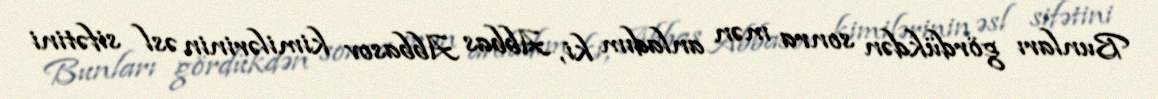
Bunları gördükdən sonra mən anladım ki, Abbas Abbasov kimilərinin əsl sifətini